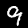
Label: 9